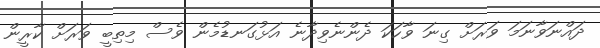
ދައްނަވާނަމަ ވަރަށް ގިނަ ވާހަކަ ދެންނެވިދާނެ އަޅުގަނޑުމެން ވެސް މިތިބީ ވަރަށް ކާރީން